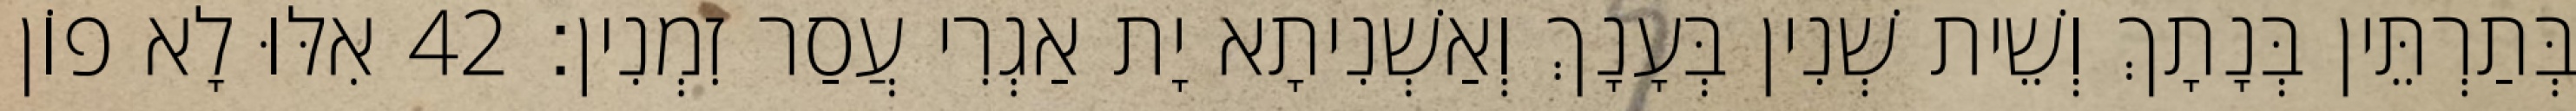
בְּתַרְתֵּין בְּנָתָךְ וְשֵׁית שְׁנִין בְּעָנָךְ וְאַשְׁנִיתָא יָת אַגְרִי עֲסַר זִמְנִין׃ 42 אִלּוּ לָא פוֹן